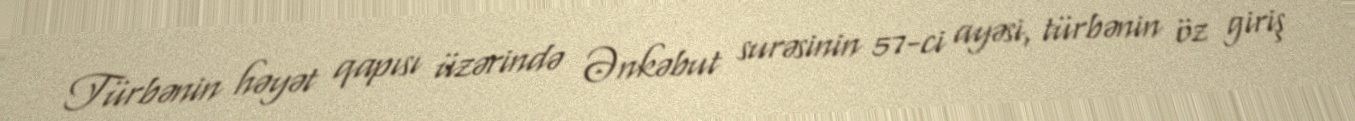
Türbənin həyət qapısı üzərində Ənkəbut surəsinin 57-ci ayəsi, türbənin öz giriş